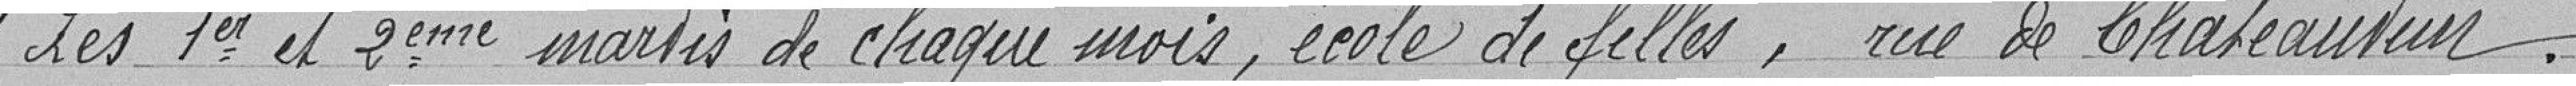
"Les premier et deuxième mardis de chaque mois, école de filles, rue de Châteaudun.